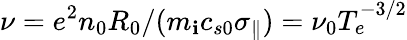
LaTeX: \nu=e^{2}n_{0}R_{0}/(m_{\mathbf{i}}c_{s0}\sigma_{\parallel})=\nu_{0}T_{e}^{-3/2}